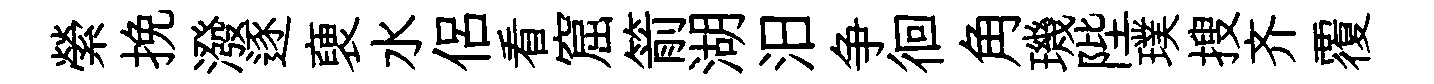
縈挽潑逐褏水侣看窟箭湖汨争徊角璣陛璞搜齐覆